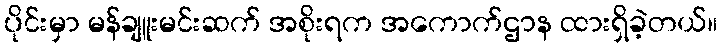
ပိုင်းမှာ မန်ချူးမင်းဆက် အစိုးရက အကောက်ဌာန ထားရှိခဲ့တယ်။